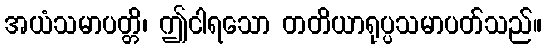
အယံသမာပတ္တိ၊ ဤငါရသော တတိယာရုပ္ပသမာပတ်သည်။